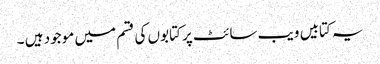
یہ کتابیں ویب سائٹ پر کتابوں کی قسم میں موجود ہیں ۔